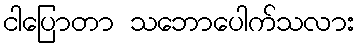
ငါပြောတာ သဘောပေါက်သလား